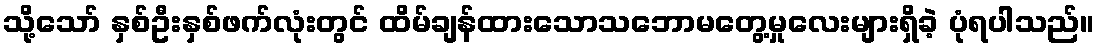
သို့သော် နှစ်ဦးနှစ်ဖက်လုံးတွင် ထိမ်ချန်ထားသောသဘောမတွေ့မှုလေးများရှိခဲ့ ပုံရပါသည်။